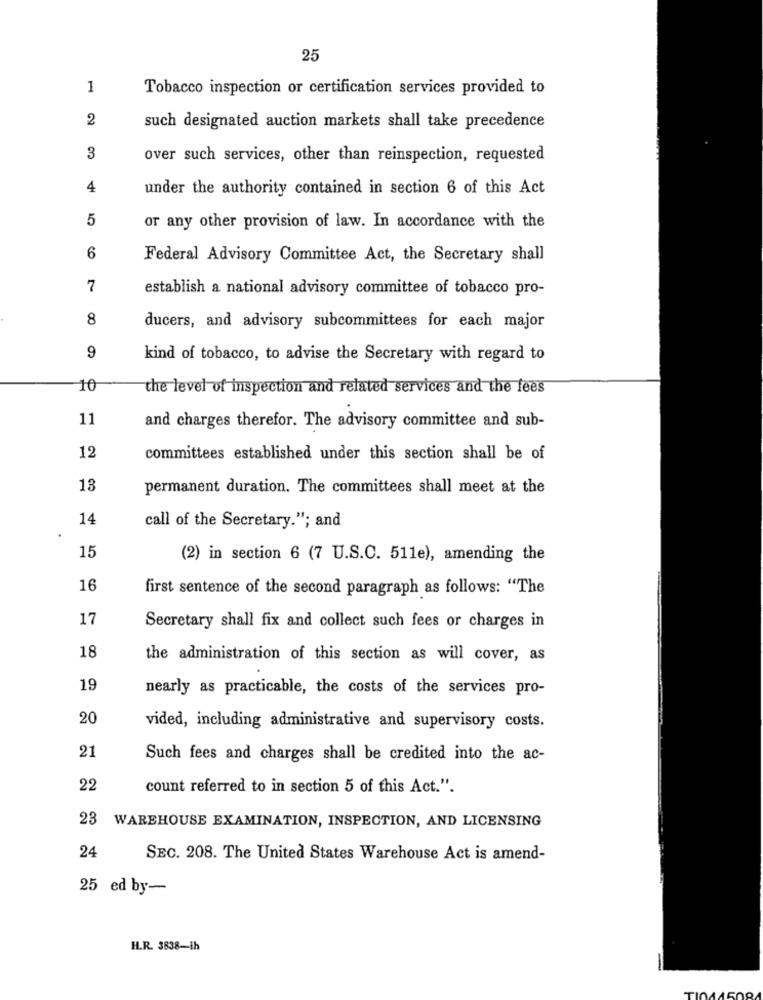
25
1
Tobacco inspection or certification services provided to
2
such designated auction markets shall take precedence
3
over such services, other than reinspection, requested
4
under the authority contained in section 6 of this Act
5
or any other provision of law. In accordance with the
6
Federal Advisory Committee Act, the Secretary shall
7
establish a national advisory committee of tobacco pro-
8
ducers, and advisory subcommittees for each major
9
kind of tobacco, to advise the Secretary with regard to
10
the level of inspection and related services and the fees
11
and charges therefor. The advisory committee and sub-
12
committees established under this section shall be of
13
permanent duration. The committees shall meet at the
14
call of the Secretary."; and
15
(2) in section 6 (7 U.S.C. 511e), amending the
16
first sentence of the second paragraph as follows: "The
17
Secretary shall fix and collect such fees or charges in
18
the administration of this section as will cover, as
19
nearly as practicable, the costs of the services pro-
20
vided, including administrative and supervisory costs.
21
Such fees and charges shall be credited into the ac-
22
count referred to in section 5 of this Act.".
23
WAREHOUSE EXAMINATION, INSPECTION, AND LICENSING
24
SEC. 208. The United States Warehouse Act is amend-
25 ed by-
H.R. 3838-ih